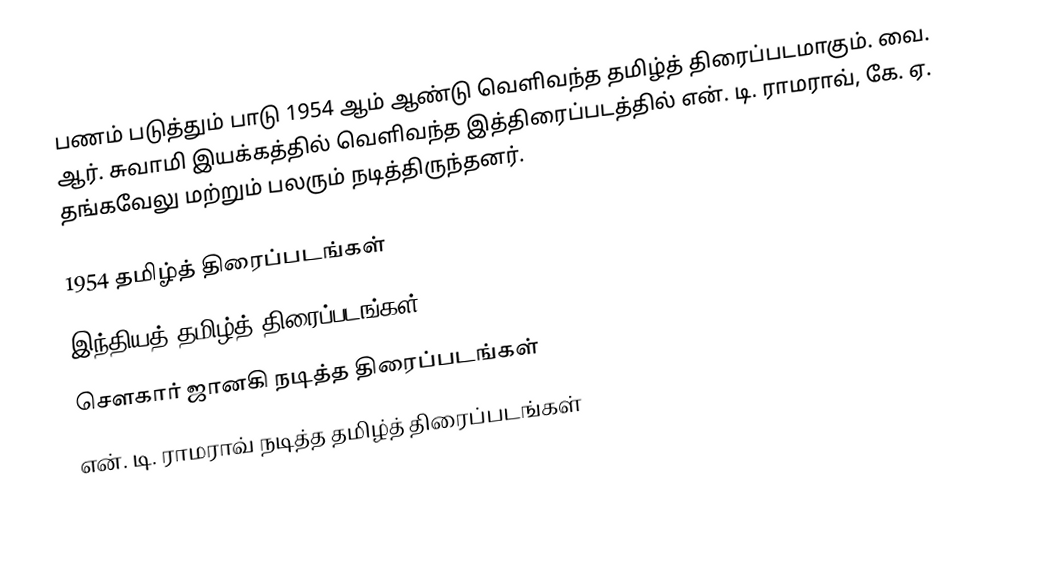
பணம் படுத்தும் பாடு 1954 ஆம் ஆண்டு வெளிவந்த தமிழ்த் திரைப்படமாகும். வை. ஆர். சுவாமி இயக்கத்தில் வெளிவந்த இத்திரைப்படத்தில் என். டி. ராமராவ், கே. ஏ. தங்கவேலு மற்றும் பலரும் நடித்திருந்தனர்.

1954 தமிழ்த் திரைப்படங்கள்
இந்தியத் தமிழ்த் திரைப்படங்கள்
சௌகார் ஜானகி நடித்த திரைப்படங்கள்
என். டி. ராமராவ் நடித்த தமிழ்த் திரைப்படங்கள்